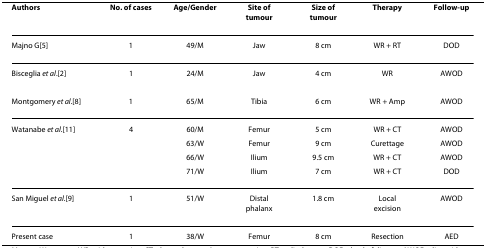
| Authors | No. of cases | Age/Gender | Site of tumour | Size of tumour | Therapy | Follow-up |
 | --- | --- | --- | --- | --- | --- | --- |
 | Majno G[5] | 1 | 49/M | Jaw | 8 cm | WR + RT | DOD |
 | Bisceglia et al.[2] | 1 | 24/M | Jaw | 4 cm | WR | AWOD |
 | Montgomery et al.[8] | 1 | 65/M | Tibia | 6 cm | WR + Amp | AWOD |
 | Watanabe et al.[11] | 4 | 60/M | Femur | 5 cm | WR + CT | AWOD |
 |  |  | 63/W | Femur | 9 cm | Curettage | AWOD |
 |  |  | 66/W | Ilium | 9.5 cm | WR + CT | AWOD |
 |  |  | 71/W | Ilium | 7 cm | WR + CT | DOD |
 | San Miguel et al.[9] | 1 | 51/W | Distal phalanx | 1.8 cm | Local excision | AWOD |
 | Present case | 1 | 38/W | Femur | 8 cm | Resection | AED |